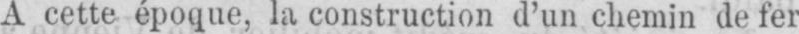
A cette époque, la construction d’un chemin de fer